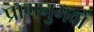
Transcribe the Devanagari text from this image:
प्रागनुभवों